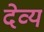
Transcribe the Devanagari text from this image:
देव्य